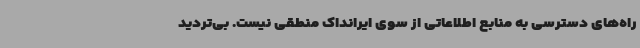
راه‌های دسترسی به منابع اطلاعاتی از سوی ایرانداک منطقی نیست. بی‌تردید